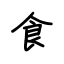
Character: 食